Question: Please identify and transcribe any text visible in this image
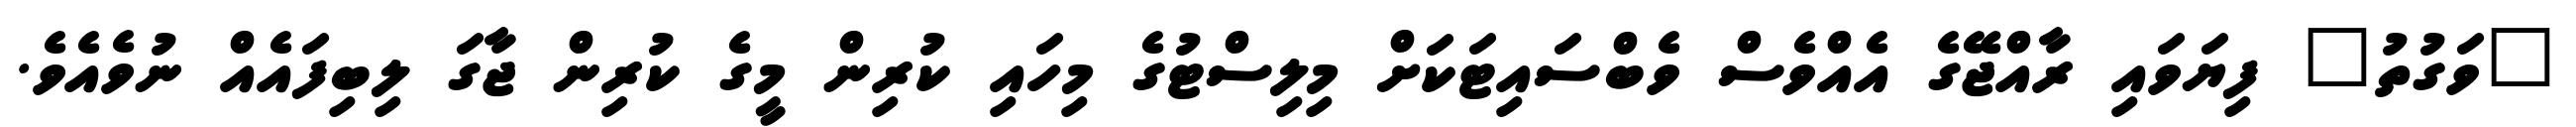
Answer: "ވަގުތު" ފިޔަވައި ރާއްޖޭގެ އެއްވެސް ވެބްސައިޓަކަށް މިލިސްޓުގެ މިހައި ކުރިން މީގެ ކުރިން ޖާގަ ލިބިފައެއް ނުވެއެވެ.